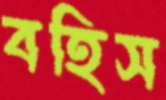
বহিস